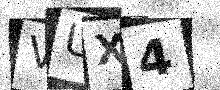
Text: VUX4